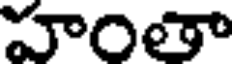
హంతా